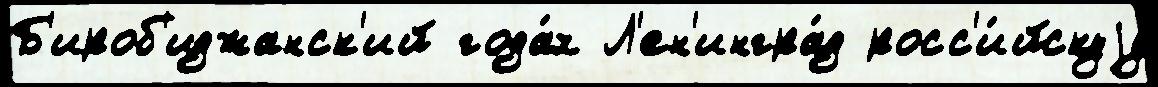
Б'ироб'иджанск'ий года́х Л'ен'ингра́д росс'и́йскуjу